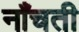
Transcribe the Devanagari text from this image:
नाँचती